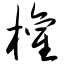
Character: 权